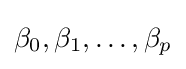
\beta _{0},\beta _{1},\ldots ,\beta _{p}